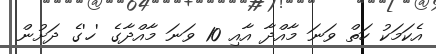
އެކަމަކު ހަތް ވަނަ މާއްދާ އާއި 10 ވަނަ މާއްދާގެ 'ހ'ގެ ދަށުން